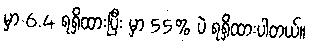
မှာ 6.4 ရရှိထားပြီး မှာ 55% ပဲ ရရှိထားပါတယ်။